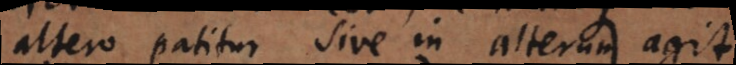
altero patitur sive in alterum agit.